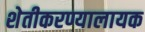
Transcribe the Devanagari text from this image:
शेतीकरण्यालायक